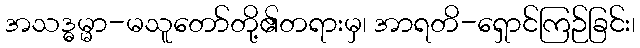
အသဒ္ဓမ္မာ-မသူတော်တို့၏တရားမှ၊ အာရတိ-ရှောင်ကြဉ်ခြင်း၊